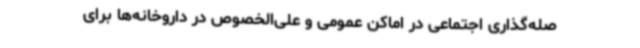
صله‌گذاری اجتماعی در اماکن عمومی و علی‌الخصوص در داروخانه‌ها برای